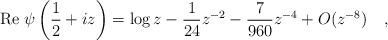
LaTeX: \begin{align*}\mbox{Re}~\psi\left(\frac 12 + iz\right)=\log z -{1 \over 24}z^{-2}-{7 \over 960}z^{-4}+O(z^{-8})~~~,\end{align*}